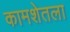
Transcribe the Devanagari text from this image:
कामशेतला